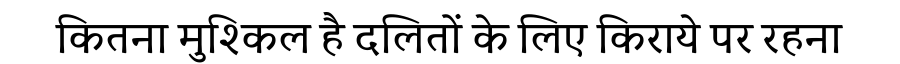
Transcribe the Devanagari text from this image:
कितना मुश्किल है दलितों के लिए किराये पर रहना